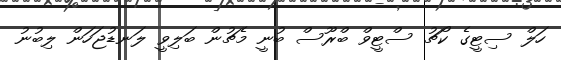
ހަލް ސިޓީގެ ކޯޗު ސްޓީވް ބްރޫސް ބުނީ މެޗުން ބަލިވީ ލަނޑުޖަހަން ލިބުނު